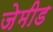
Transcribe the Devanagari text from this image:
जेमीड